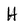
Character: H